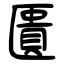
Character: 匱